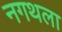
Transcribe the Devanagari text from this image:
नगथला